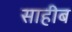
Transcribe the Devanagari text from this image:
साहीब